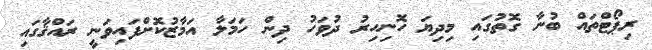
ރިޕޯޓްތައް ބުނާ ގޮތުގައި މިދިޔަ ހޮނިހިރު ދުވަހު ދިން ހަމަލާ އަމާޒުކޮށްފައިވަނީ ރައްޤާގައި